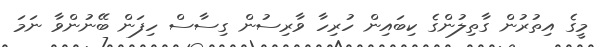
މީގެ އިތުރުން ގާތިލުންގެ ކިބައިން ހުރިހާ ވާރިސުން ގިސާސް ހިފަން ބޭނުންވާ ނަމަ